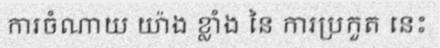
ការចំណាយ យ៉ាង ខ្លាំង នៃ ការប្រកួត នេះ